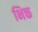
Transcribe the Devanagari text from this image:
भिक्त